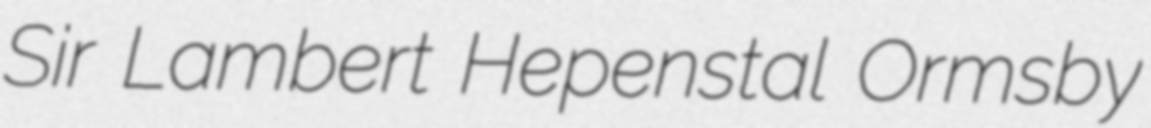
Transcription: Sir Lambert Hepenstal Ormsby